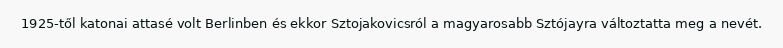
1925-től katonai attasé volt Berlinben és ekkor Sztojakovicsról a magyarosabb Sztójayra változtatta meg a nevét.